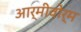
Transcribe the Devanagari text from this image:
आर्मीवोर्म